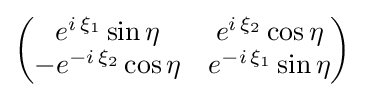
{\begin{pmatrix}e^{i\,\xi _{1}}\sin \eta &e^{i\,\xi _{2}}\cos \eta \\-e^{-i\,\xi _{2}}\cos \eta &e^{-i\,\xi _{1}}\sin \eta \end{pmatrix}}